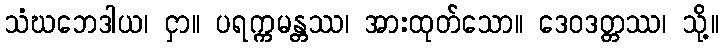
သံဃဘေဒါယ၊ ငှာ။ ပရက္ကမန္တဿ၊ အားထုတ်သော။ ဒေဝဒတ္တဿ၊ သို့။